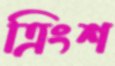
ত্রিংশ